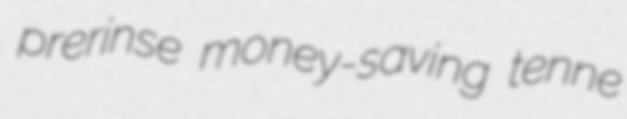
prerinse money-saving tenne